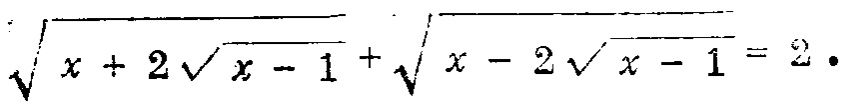
$\sqrt{x + 2\sqrt{x - 1}}+\sqrt{x - 2\sqrt{x - 1}} = 2.$